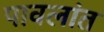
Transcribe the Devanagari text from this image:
पावलांत